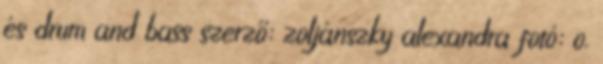
és drum and bass szerző: zoljánszky alexandra fotó: o.